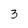
Character: 3